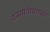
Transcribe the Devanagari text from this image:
वनस्पतीसारखी